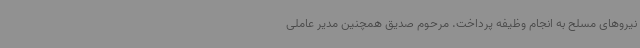
نیروهای مسلح به انجام وظیفه پرداخت. مرحوم صدیق همچنین مدیر عاملی